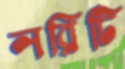
লরিটি